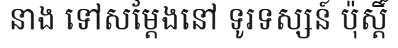
នាង ទៅសម្តែងនៅ ទូរទស្សន៍ ប៉ុស្តិ៍